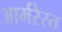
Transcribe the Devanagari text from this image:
आर्मरेस्त